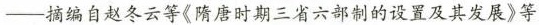
-摘编自赵冬云等《隋唐时期三省六部制的设置及其发展》等